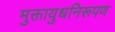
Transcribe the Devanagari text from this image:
मुक्तायुधनिरूपण